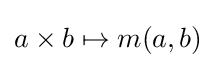
a\times b\mapsto m(a,b)